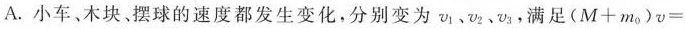
A.小车、木块、摆球的速度都发生变化，分别变为v_{1}、v_{2}、v_{3}，满足$$( M + m _ { 0 } ) v =